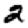
Digit: 2